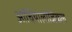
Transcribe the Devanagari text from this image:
आर्चियोलोजिकल